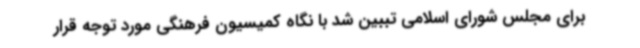
برای مجلس شورای اسلامی تببین شد با نگاه کمیسیون فرهنگی مورد توجه قرار